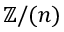
\mathbb { Z } / ( n )